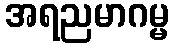
အရညမာဂမ္မ